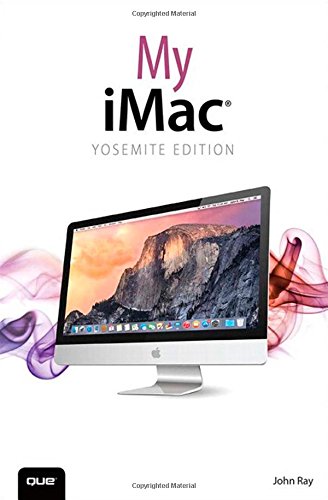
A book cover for My iMac (Yosemite Edition); John Ray; Computers & Technology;